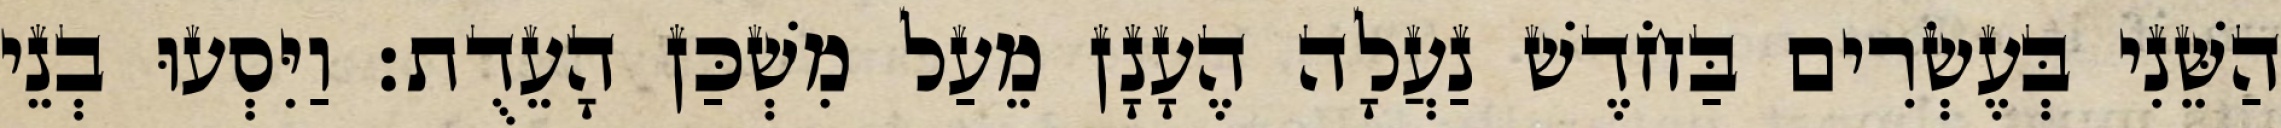
הַשֵּׁנִי בְּעֶשְׂרִים בַּחֹדֶשׁ נַעֲלָה הֶעָנָן מֵעַל מִשְׁכַּן הָעֵדֻת׃ וַיִּסְעוּ בְנֵי